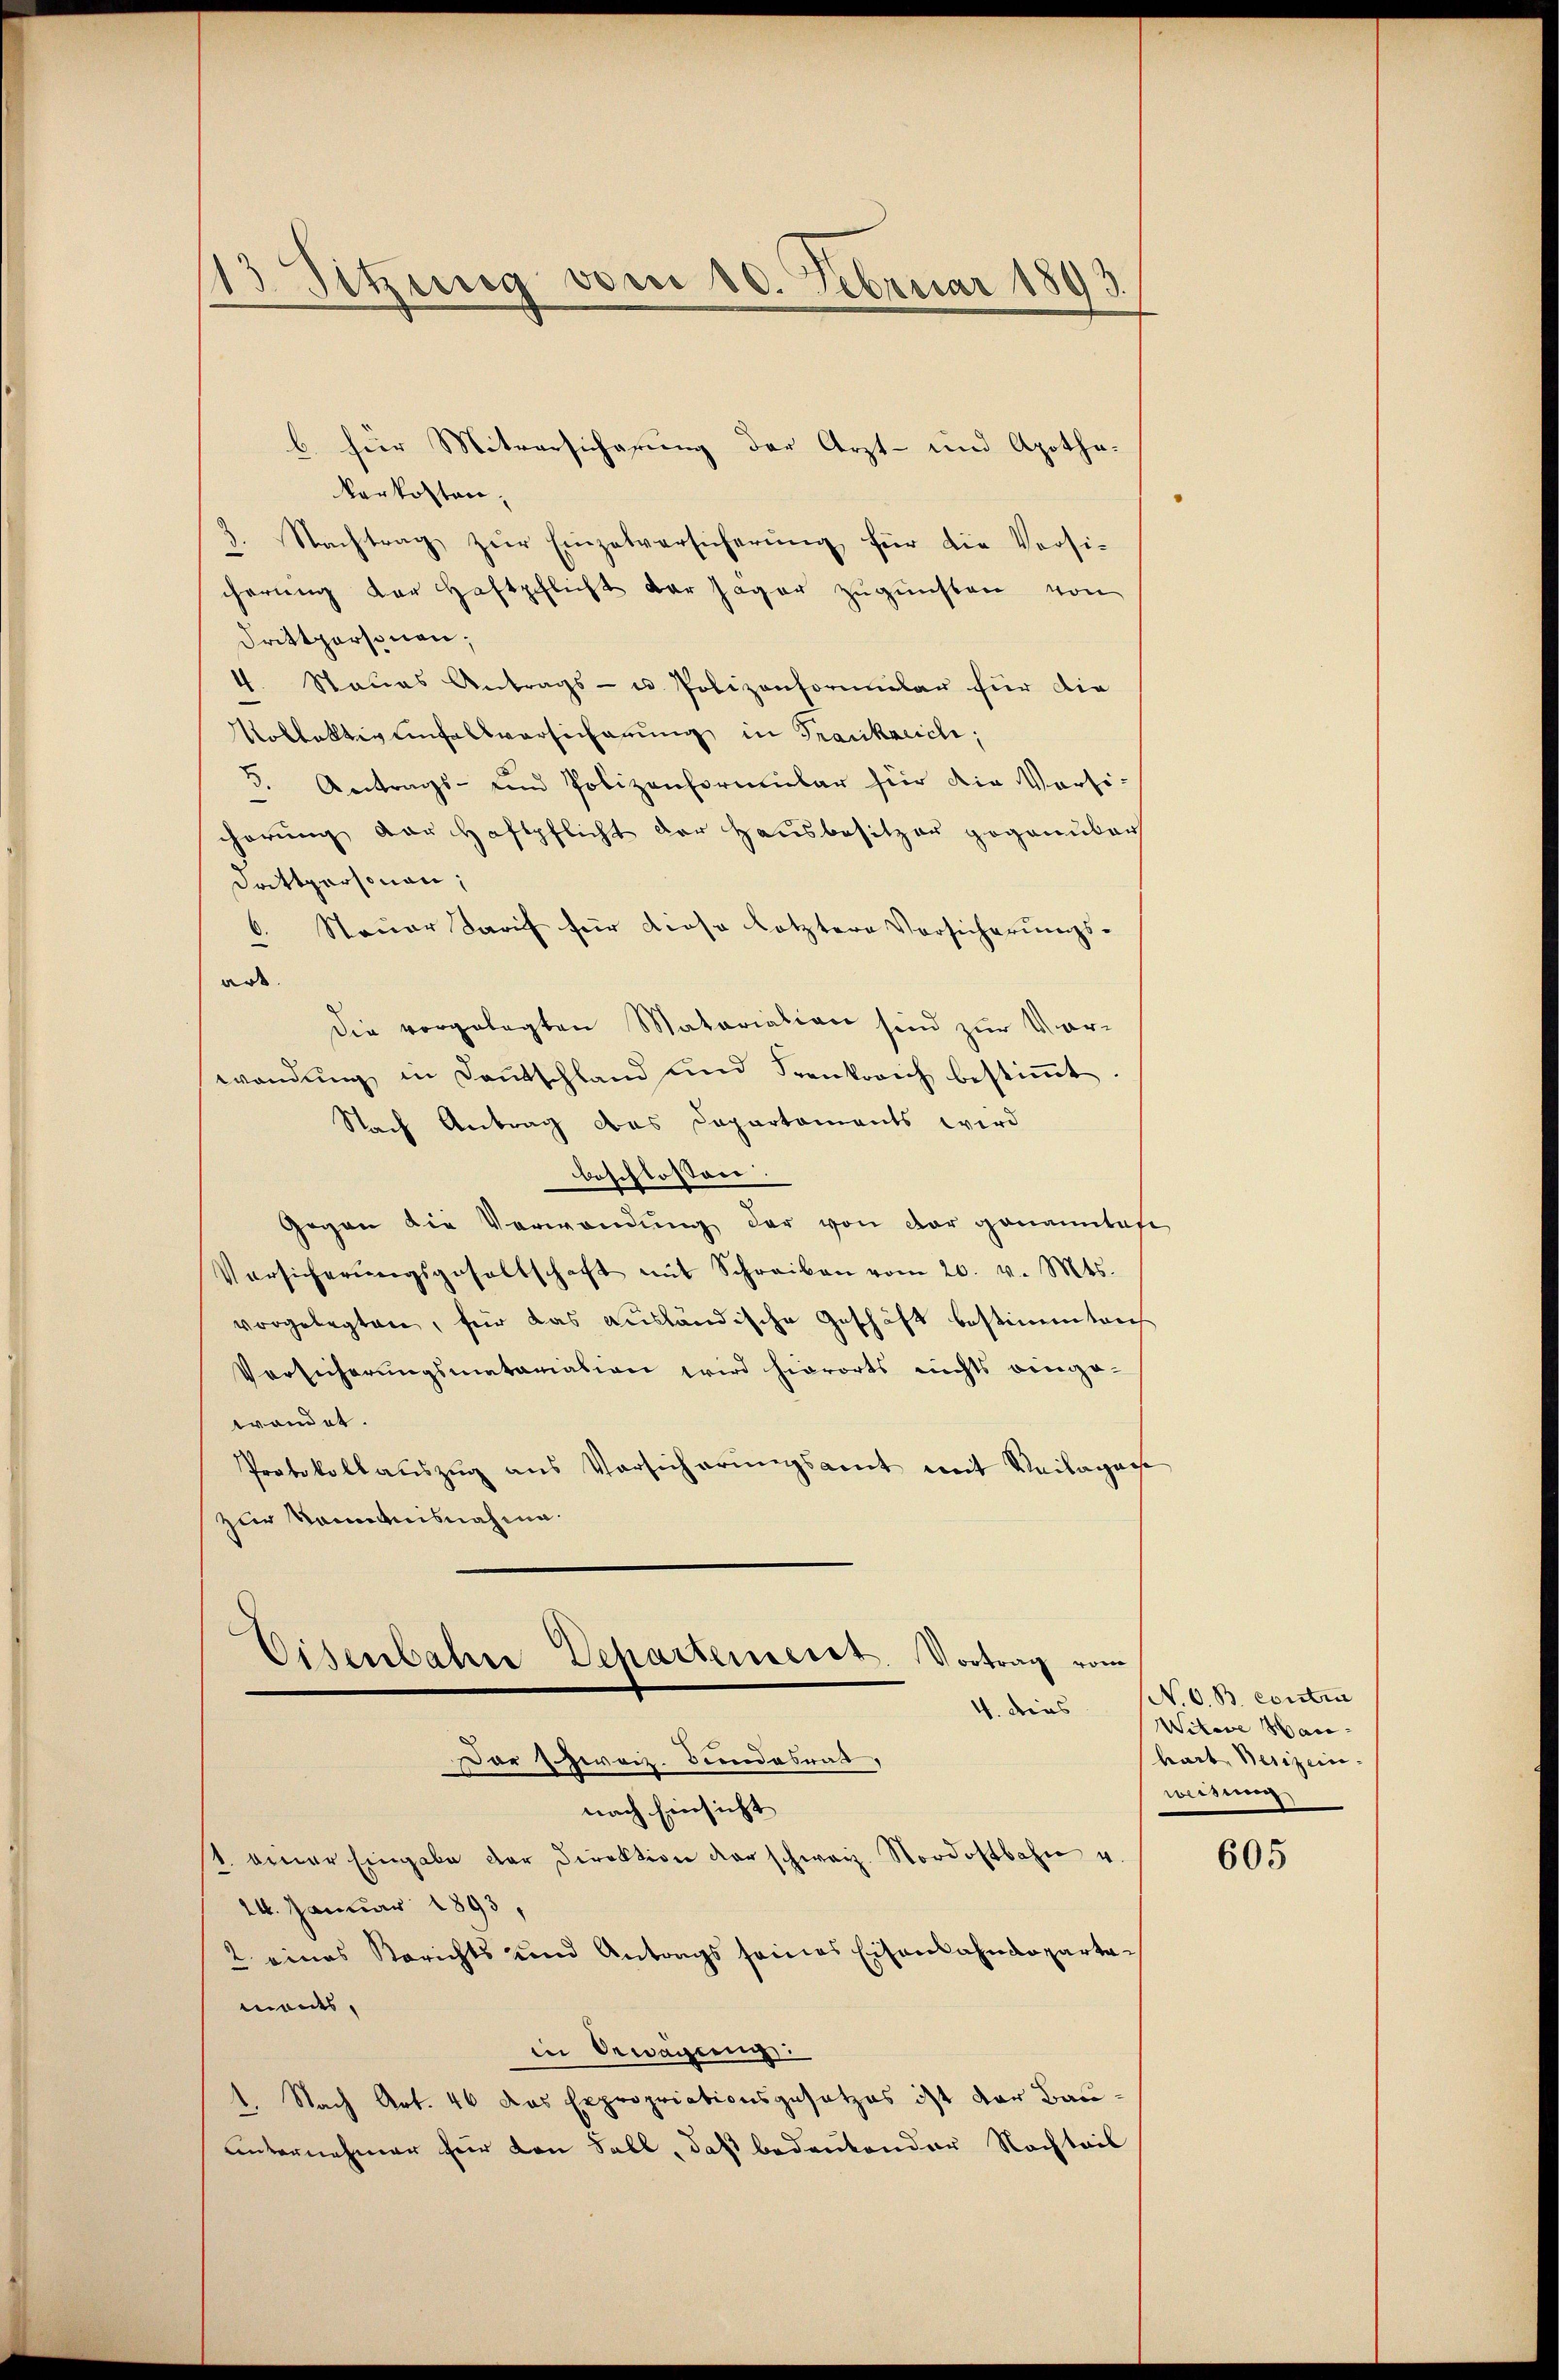
Sitzung vom 10. Februar 1893.

b. hier Mitversicherung der Arzt- und Apothe-
kerkosten,
2. Nachtrag zur Einzelversicherung für die Versicherung der Haftpflicht der Jäger zugunsten von
drittpersonen;
4. Staŭes Antrags- u. Polizenformŭlar für die
Voblattigenfalsversicherung in Frankreich,
5. Antrags- und Polizenformular für die Versi-
chörung der Haftpflicht der Hausbesitzer gegenüber
Drittpersonen;
6. Steuer Tarif für diese letztere Vorsicherŭngs-
art.
Die vorgelegten Matariation sind zur Vorwendung in Deutschland und Frankovich bestimmt
Nach Antrag das Departaments wird
beschlossen:
Gegen die Verwendung der von der genanntes
Versicherŭngsgesellschaft mit Schreiben vom 20. v. Mts.
vorgelegten, für das ausländische Geschäft bestimmten
Versicherungsmatariation wird hierorts nichts einge-
wandet.
Protokollauszug aus Versicherungsamt mit Veilagen
zur Sonntnisnahme.
d
Eisenbahre Departement. Vortrag vom
4. Dies
Dor zweiz. Bundesrat,
nach Einsicht
4. einer Eingabe der Direktion der schweiz. Nordostbahn u.
14. Januar 1893,
2. eines Berichts und Antrags seines Eisenbahndepartemonts,
in Bewegung
1. Nach Art. 46 das Expropriationsgesetzes ist der Bauunternehmer für den Fall, daß bedeutender Nachteil

(N. O. B. contin
Witwe Hanhart, Besizeinweisung

605